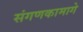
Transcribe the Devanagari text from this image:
संगणकामागे